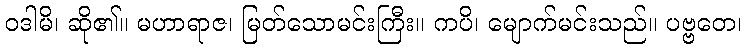
ဝဒါမိ၊ ဆို၏။ မဟာရာဇ၊ မြတ်သောမင်းကြီး။ ကပိ၊ မျောက်မင်းသည်။ ပဗ္ဗတေ၊